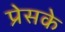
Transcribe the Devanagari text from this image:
प्रेसके